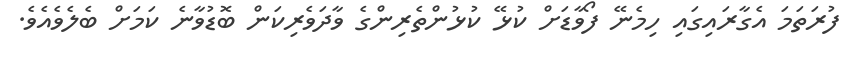
ފުރަތަމަ އެގާރައިގައި ހިމެނޭ ފޯވާޑަށް ކުޅޭ ކުޅުންތެރިންގެ ވާދަވެރިކަން ބޮޑުވާނެ ކަމަށް ބެލެވެއެވެ.